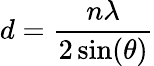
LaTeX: d=\frac{n\lambda}{2\sin(\theta)}